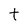
Character: t